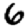
Digit: 6